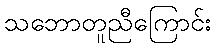
သဘောတူညီကြောင်း